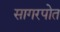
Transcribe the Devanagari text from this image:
सागरपोत